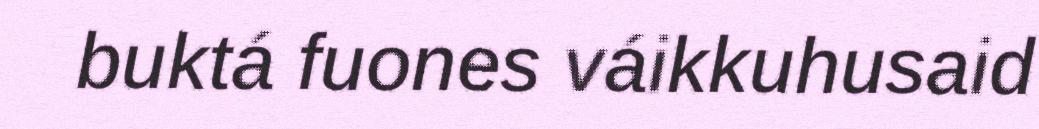
buktá fuones váikkuhusaid